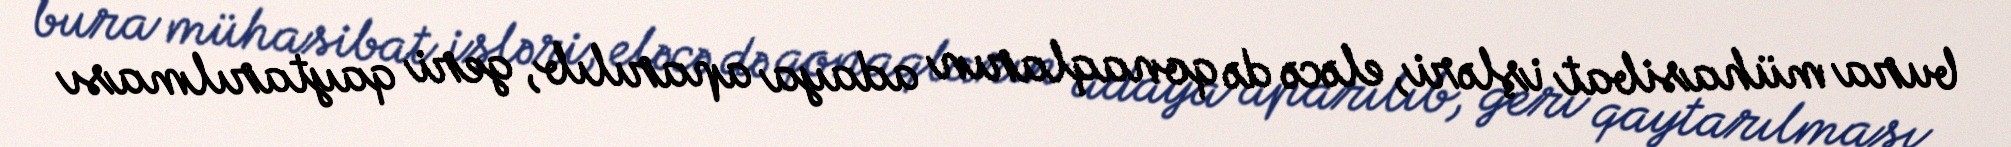
bura mühasibat işləri, eləcə də qonaqların adaya aparılıb, geri qaytarılması